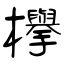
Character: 欅